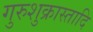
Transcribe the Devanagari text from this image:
गुरुशुक्रास्तादि